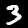
Label: 3